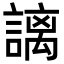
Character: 謧